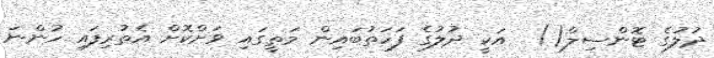
ދުލުގެ ޓޮންސިލް()  އަކީ ދުލުގެ ފަހަތުބައިން މަތީގައި ވަށްކޮށް އެތުރިފައި ހުންނަ